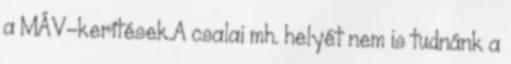
a MÁV-kerítések.A csalai mh. helyét nem is tudnánk a